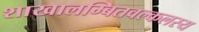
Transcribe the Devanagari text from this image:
शाखालम्बितवल्कलस्य